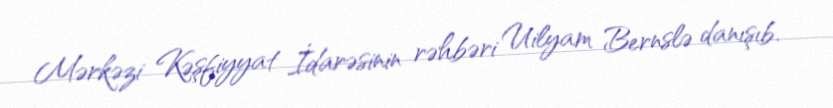
Mərkəzi Kəşfiyyat İdarəsinin rəhbəri Uilyam Bernslə danışıb.